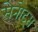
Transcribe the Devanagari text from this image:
सेनोट्स